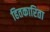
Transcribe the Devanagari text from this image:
हितकारिता